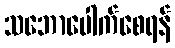
သဘောပေါက်စေရန်